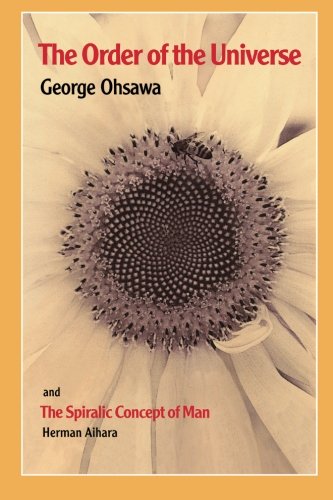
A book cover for The Order of the Universe; George Ohsawa; Health, Fitness & Dieting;